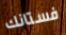
فستانك